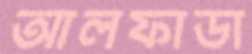
আলফাডা